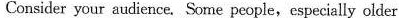
Consider your audience. Some people,especially older